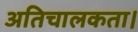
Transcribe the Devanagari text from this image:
अतिचालकता।